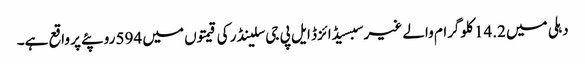
دہلی میں 14.2 کلوگرام والے غیر سبسیڈائزڈ ایل پی جی سلینڈر کی قیمتوں میں 594 روپئے پر واقع ہے۔